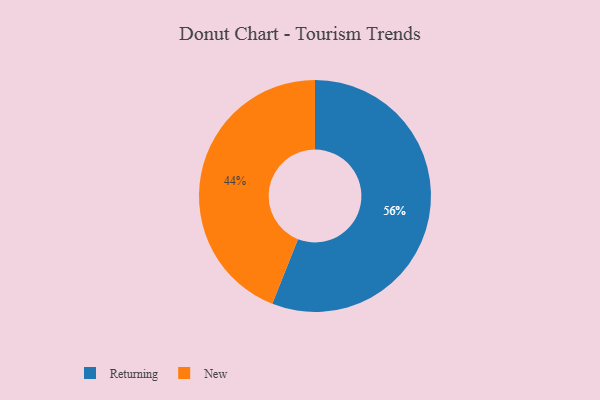
{"axis": {"x": "Category", "y": "Percentage"}, "legend": ["New", "Returning"], "data": [{"x": "Returning", "y": 56, "type": "Returning"}, {"x": "New", "y": 44, "type": "New"}]}